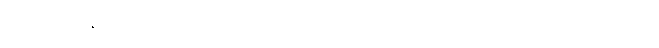
မံ၊ အကျွန်ုပ်၏။ ဉာဏေ၊ ဉာဏ်၌။ ပဋိဘာတိ၊ ရှေးရှုထင်၏။ ဣတိ၊ ဤသို့။